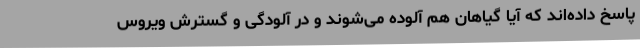
پاسخ داده‌اند که آیا گیاهان هم آلوده می‌شوند و در آلودگی و گسترش ویروس